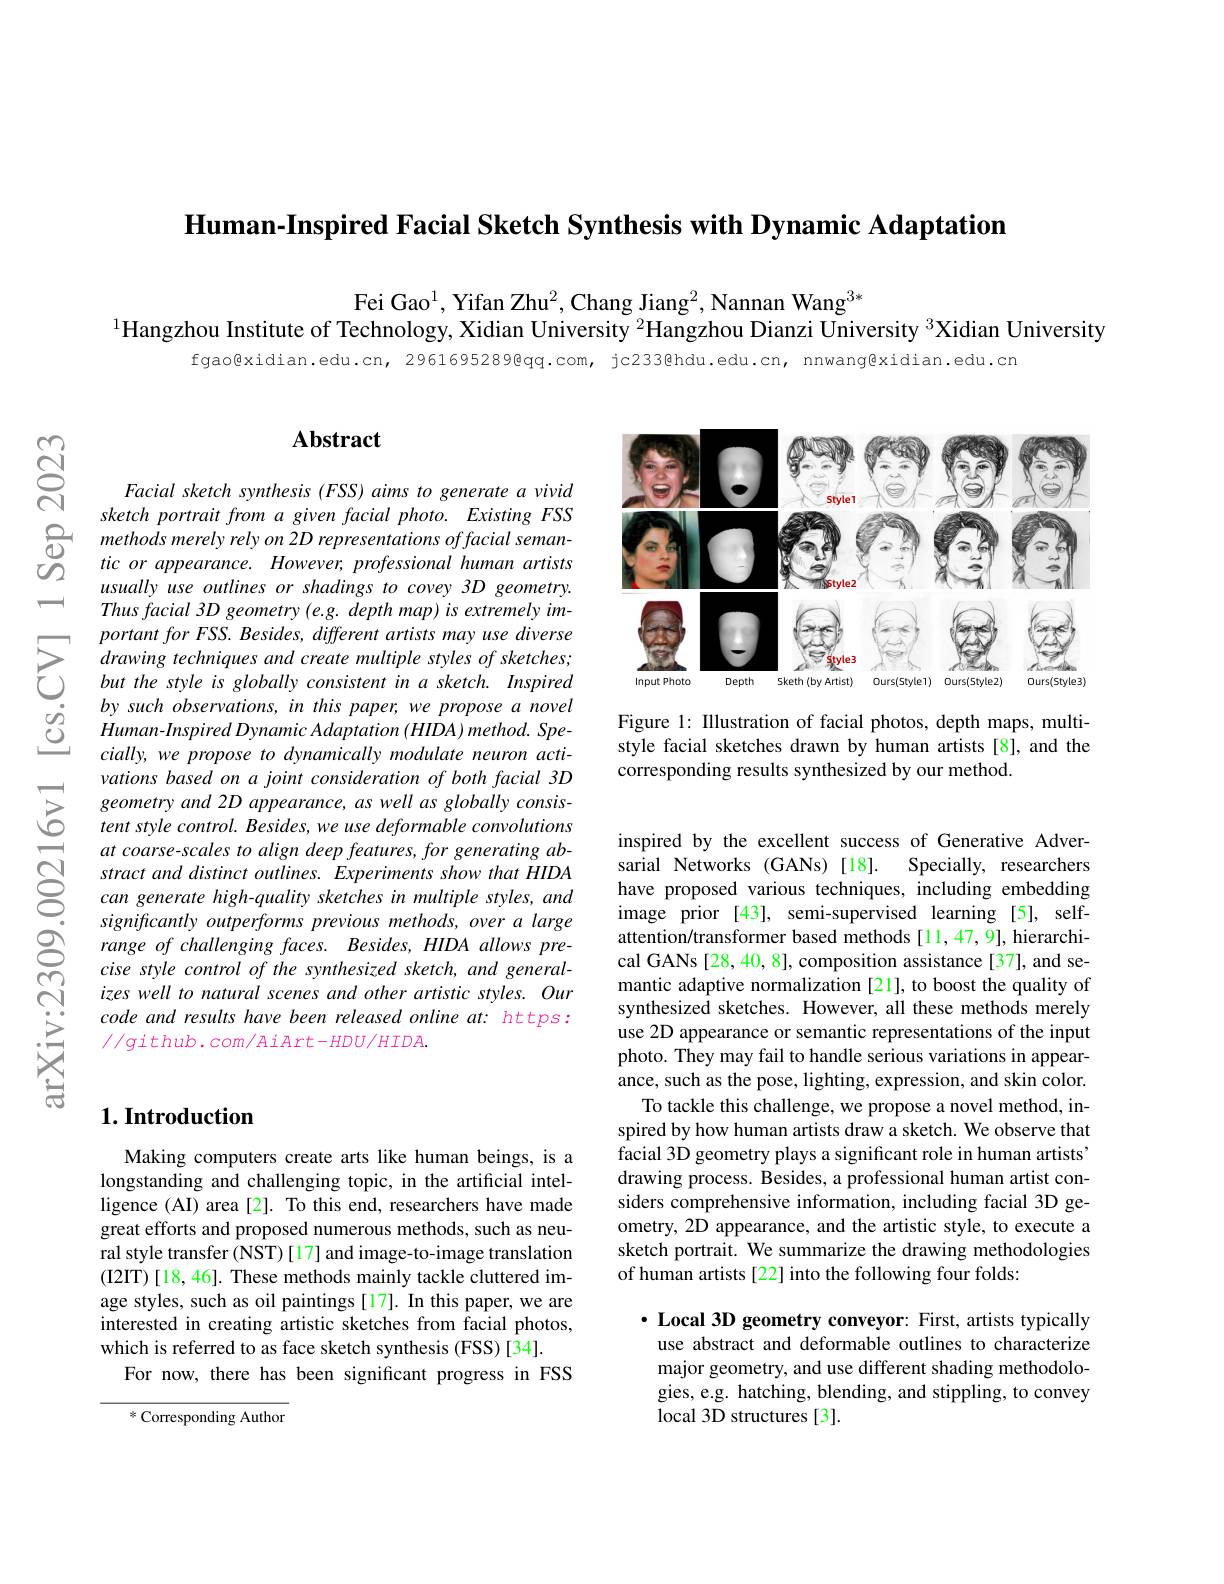
$\textbf{Human- Inspired Facial Sketch Synthesis with Dynamic Adaptation}$

Fei Gao$^1$, Yifan Zhu$^2$, Chang Jiang$^2$, Nannan Wang$^{3*}$
$^{1}$Hangzhou Institute of Technology, Xidian University $^{2}$Hangzhou Dianzi University $^{3}$Xidian University

fgao@xidian.edu.cn, 2961695289@qq.com, jc233@hdu.edu.cn, nnwang@xidian.edu.cn

$ଟ୍ରି$

$UI$

-1

## Abstract

Facial sketch synthesis (FSS) aims to generate a vivid
sketch portrait from $a$ given facial $photo.$ Existing $FSS$ methods merely rely on 2D representations offacial seman- tic $or$ annearance However nofe ssional human artist
tic or appearance. However, professional human artists usually use outlines or shadings to covey 3D geometry. Thus facial 3D geometry (e.g. depth map) is extremely im-
$\sum_{\begin{array}{ccc}&portant\:for\:FSS.\:Besides,\:different\:artists\:may\:use\:diverse\\&drawing\:techniques\:and\:create\:multiple\:styles\:of\:sketches;\\&but\:the\:style\:is\:globally\:consistent\:in\:a\:sketch.\:Inspired\end{array}}$ $\begin{array}{ccc}{\dot{o}}&{bysuch~observations,~in~this~paper,~we~propose~a~novel}\\{\dot{O}}&{Human-Inspired~Dynamic~Adaptation~(HIDA)~method.~Spe-}\\{\dot{O}}&{\dot{O}}\end{array}$
cially, we propose to dynamically modulate neuron activations based on a joint consideration of both facial 3D geometry and 2D appearance, as well as globally consistent style control. Besides, we use deformable convolutions at coarse-scales to align deep features, for generating abstract and distinct outlines. Experiments show that HIDA can generate high-quality sketches in multiple styles, and significantly outperforms previous methods, over a large range of challenging faces. Besides, HIDA allows precise style control of the synthesized sketch, and generalizes well to natural scenes and other artistic styles. Our code and results have been released online at: https: $//g$ithub.com/AiArt-HDU/HIDA.

<FigureHere>

Figure 1: Illustration of facial photos, depth maps, multistyle facial sketches drawn by human artists[8], and the corresponding results synthesized by our method

inspired by the excellent success of Generative Adver-
sarial Networks (GANs)[18].
Specially, researchers
have proposed various techniques, including embedding image prior[43], semi-supervised learning [5], selfattention/transformer based methods [11,47,9], hierarchical GANs [28, 40, 8], composition assistance [37], and semantic adaptive normalization [21], to boost the quality of synthesized sketches. However, all these methods merely use 2D appearance or semantic representations of the input photo. They may fail to handle serious variations in appearance, such as the pose, lighting, expression, and skin color.
To tackle this challenge, we propose a novel method, inspired by how human artists draw a sketch. We observe that facial 3D geometry plays a significant role in human artists' drawing process. Besides, a professional human artist considers comprehensive information, including facial 3D geometry, 2D appearance, and the artistic style, to execute a sketch portrait. We summarize the drawing methodologies of human artists[22] into the following four folds:

$\cdot$ Local 3D geometry conveyor: First, artists typically use abstract and deformable outlines to characterize major geometry, and use different shading methodologies, e.g. hatching, blending, and stippling, to convey local 3D structures [3].

## $1. \textbf{Introduction}$

Making computers create arts like human beings, is a longstanding and challenging topic, in the artificial intelligence (AI) area [2]. To this end, researchers have made great efforts and proposed numerous methods, such as neural style transfer (NST) [17] and image-to-image translation (I2IT)[18, 46]. These methods mainly tackle cluttered image styles, such as oil paintings[17]. In this paper, we are interested in creating artistic sketches from facial photos, which is referred to as face sketch synthesis (FSS)[34].
For now, there has been significant progress in FSS

* Corresponding Author